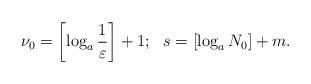
LaTeX: \begin{align*}\nu_0=\left[\log_a{\frac{1}{\varepsilon}}\right]+1;\ \ s=[\log_a N_0]+ m .\end{align*}